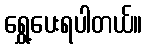
ရွှေ့ပေးရပါတယ်။